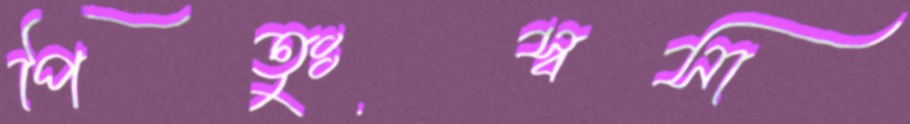
পিতুঃস্বসা